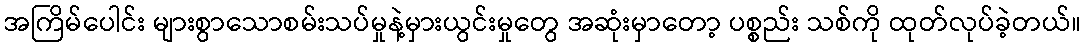
အကြိမ်ပေါင်း များစွာသောစမ်းသပ်မှုနဲ့မှားယွင်းမှုတွေ အဆုံးမှာတော့ ပစ္စည်း သစ်ကို ထုတ်လုပ်ခဲ့တယ်။